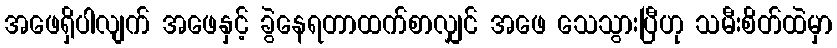
အဖေရှိပါလျက် အဖေနှင့် ခွဲနေရတာထက်စာလျှင် အဖေ သေသွားပြီဟု သမီးစိတ်ထဲမှာ